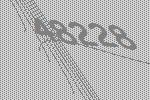
48228